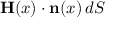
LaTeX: \mathbf { H } ( x ) \cdot \mathbf { n } ( x ) \, d S